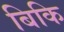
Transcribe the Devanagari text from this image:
बिकि